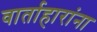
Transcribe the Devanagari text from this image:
वार्ताहारांना